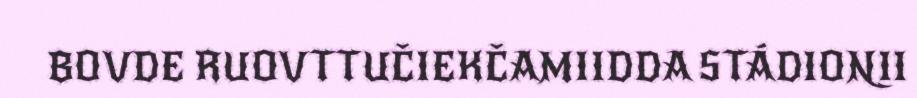
BOVDE RUOVTTUČIEKČAMIIDDA STÁDIONII